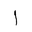
Letter: _alif